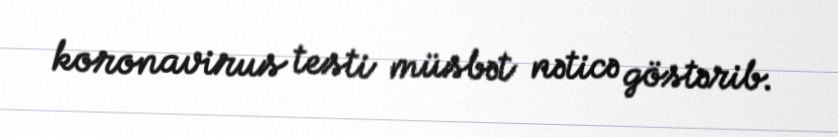
koronavirus testi müsbət nəticə göstərib.